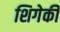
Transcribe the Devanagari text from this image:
शिगेकी